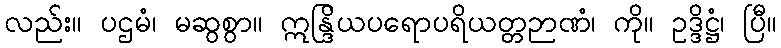
လည်း။ ပဌမံ၊ မဆွစွာ။ ဣန္ဒြိယပရောပရိယတ္တဉာဏံ၊ ကို။ ဥဒ္ဒိဋ္ဌံ၊ ပြီ။